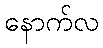
နောက်လ